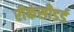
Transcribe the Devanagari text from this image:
रीकंसीडर्ड